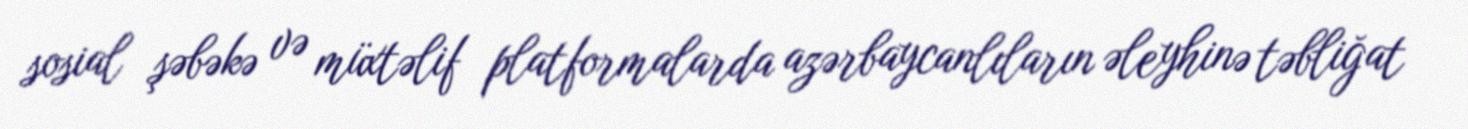
sosial şəbəkə və müxtəlif platformalarda azərbaycanlıların əleyhinə təbliğat